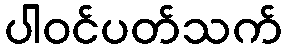
ပါဝင်ပတ်သက်